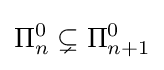
\Pi _{n}^{0}\subsetneq \Pi _{n+1}^{0}